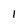
Character: l